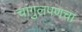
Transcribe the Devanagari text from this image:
चांगुलपणचा